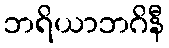
ဘရိယာဘဂိနီ